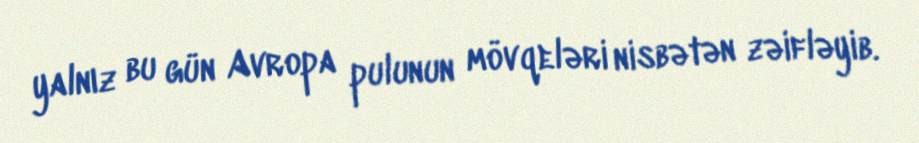
yalnız bu gün Avropa pulunun mövqeləri nisbətən zəifləyib.